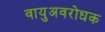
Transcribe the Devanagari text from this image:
वायुअवरोधक